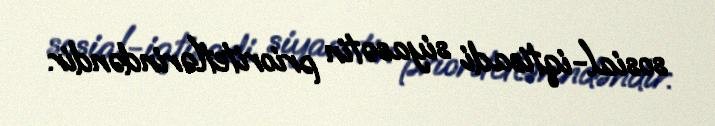
sosial-iqtisadi siyasətin prioritetlərindəndir.